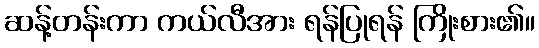
ဆန့်တန်းကာ ကယ်လီအား ရန်ပြုရန် ကြိုးစား၏။